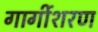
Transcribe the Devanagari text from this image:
गार्गीशरण